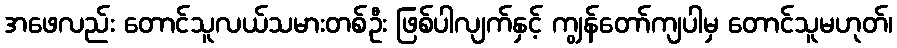
အဖေလည်း တောင်သူလယ်သမားတစ်ဦး ဖြစ်ပါလျက်နှင့် ကျွန်တော်ကျပါမှ တောင်သူမဟုတ်၊